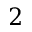
2